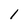
Character: 1